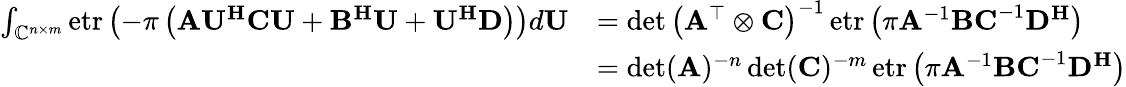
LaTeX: \begin{array}{rl}{\int_{\mathbb{C}^{n\times m}}\operatorname{etr}\left(-\pi\left(\mathbf{A}\mathbf{U}^{\mathbf{H}}\mathbf{C}\mathbf{U}+\mathbf{B}^{\mathbf{H}}\mathbf{U}+\mathbf{U}^{\mathbf{H}}\mathbf{D}\right)\right)d\mathbf{U}}&{=\det\left(\mathbf{A}^{\top}\otimes\mathbf{C}\right)^{-1}\operatorname{etr}\left(\pi\mathbf{A}^{-1}\mathbf{BC}^{-1}\mathbf{D}^{\mathbf{H}}\right)}\\ &{=\det(\mathbf{A})^{-n}\det(\mathbf{C})^{-m}\operatorname{etr}\left(\pi\mathbf{A}^{-1}\mathbf{BC}^{-1}\mathbf{D}^{\mathbf{H}}\right)}\end{array}